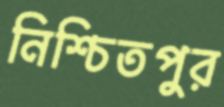
নিশ্চিতপুর